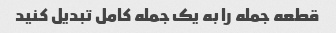
قطعه جمله را به یک جمله کامل تبدیل کنید